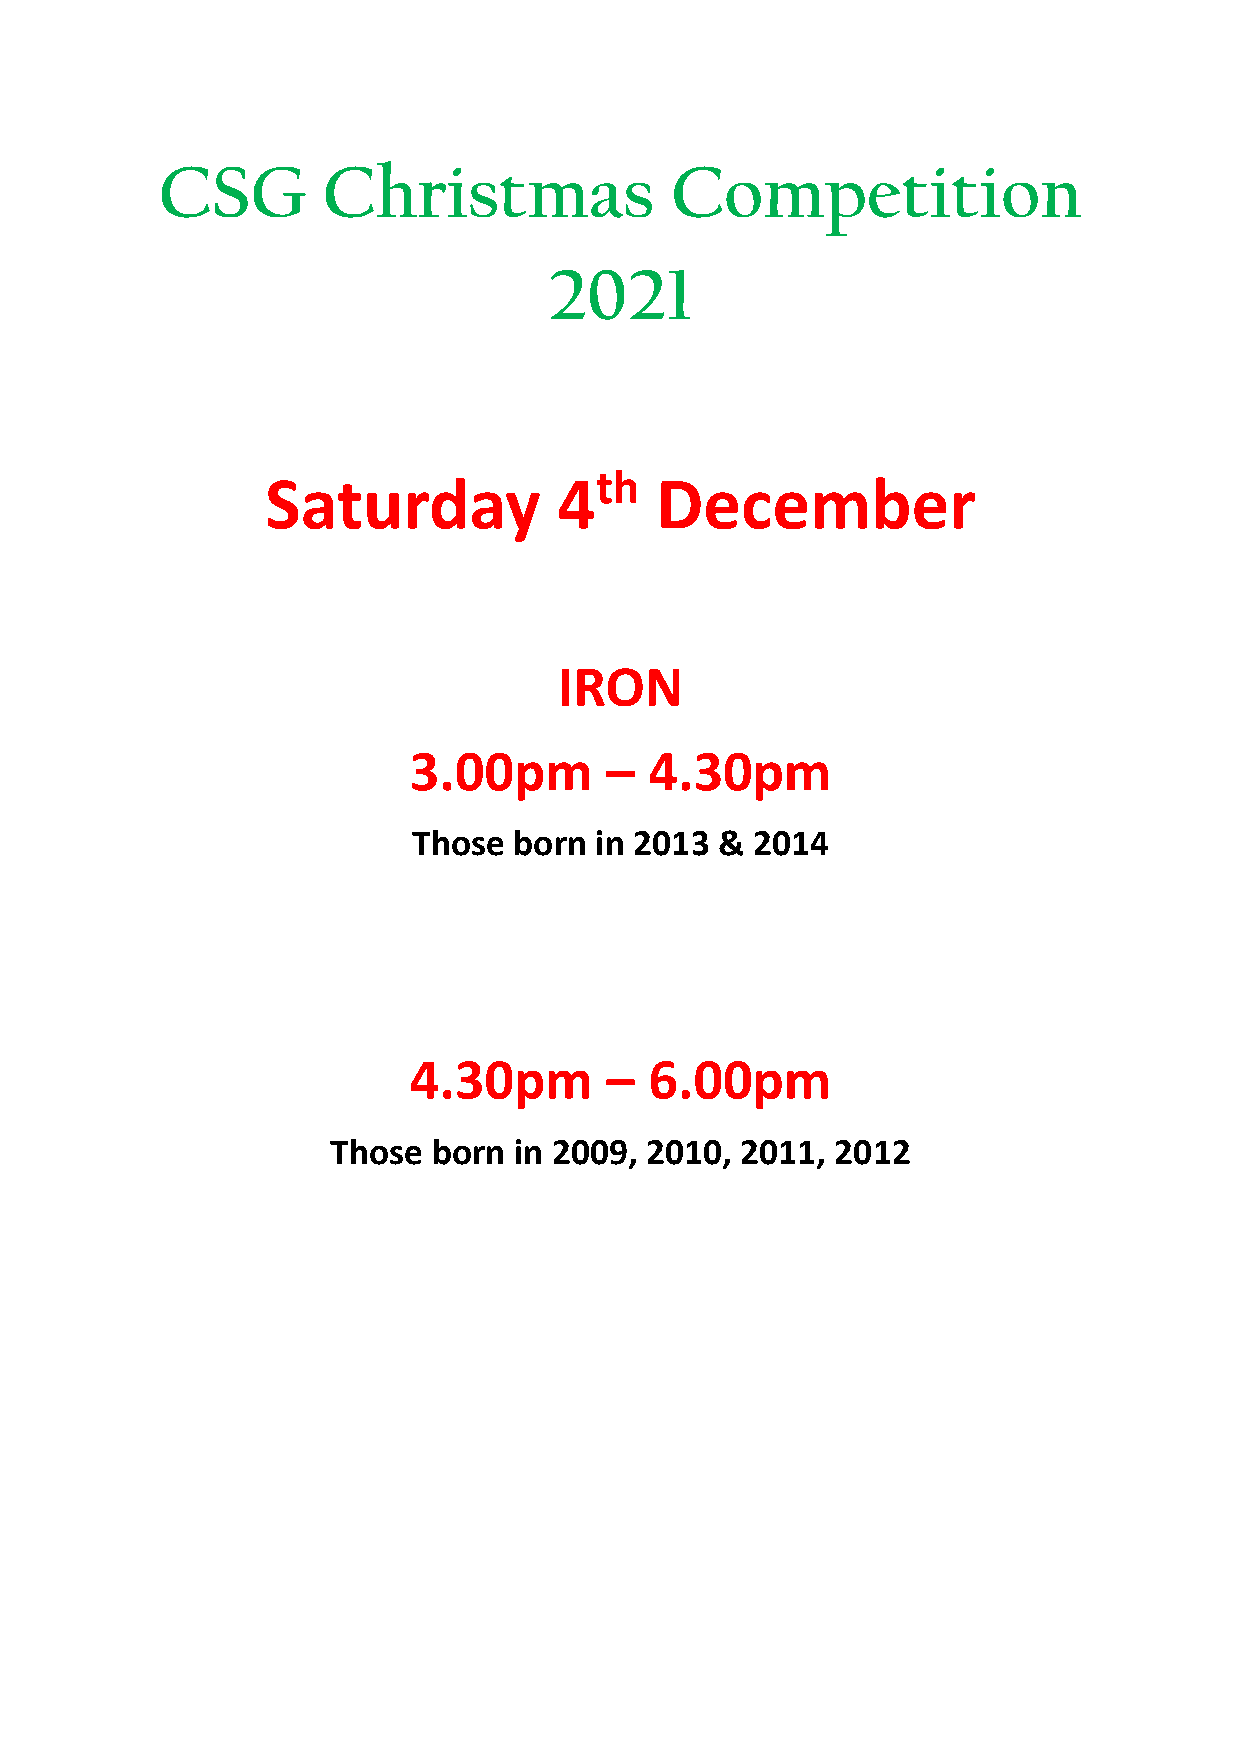
CSG        Christmas              Competition
 2021
 Saturday           4th   December
 IRON
 3.00pm       –  4.30pm
 Those  born in 2013  & 2014
 4.30pm       –  6.00pm
 Those  born in 2009, 2010, 2011, 2012